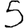
Digit: 5